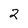
Character: 2